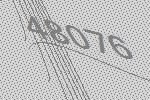
48076